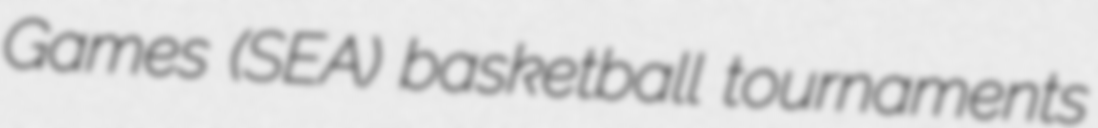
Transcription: Games (SEA) basketball tournaments